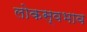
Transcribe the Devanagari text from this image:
लोकस्वभाव